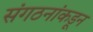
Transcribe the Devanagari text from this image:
संगठनांकडून